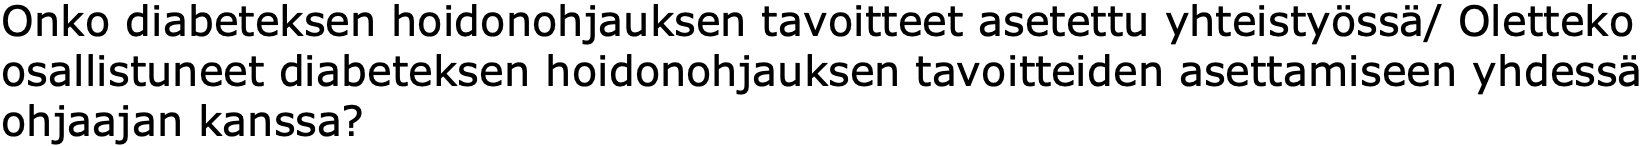
Onko diabeteksen hoidonohjauksen tavoitteet asetettu yhteistyössä/ Oletteko osallistuneet diabeteksen hoidonohjauksen tavoitteiden asettamiseen yhdessä ohjaajan kanssa?